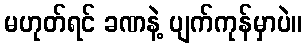
မဟုတ်ရင် ခဏနဲ့ ပျက်ကုန်မှာပဲ။